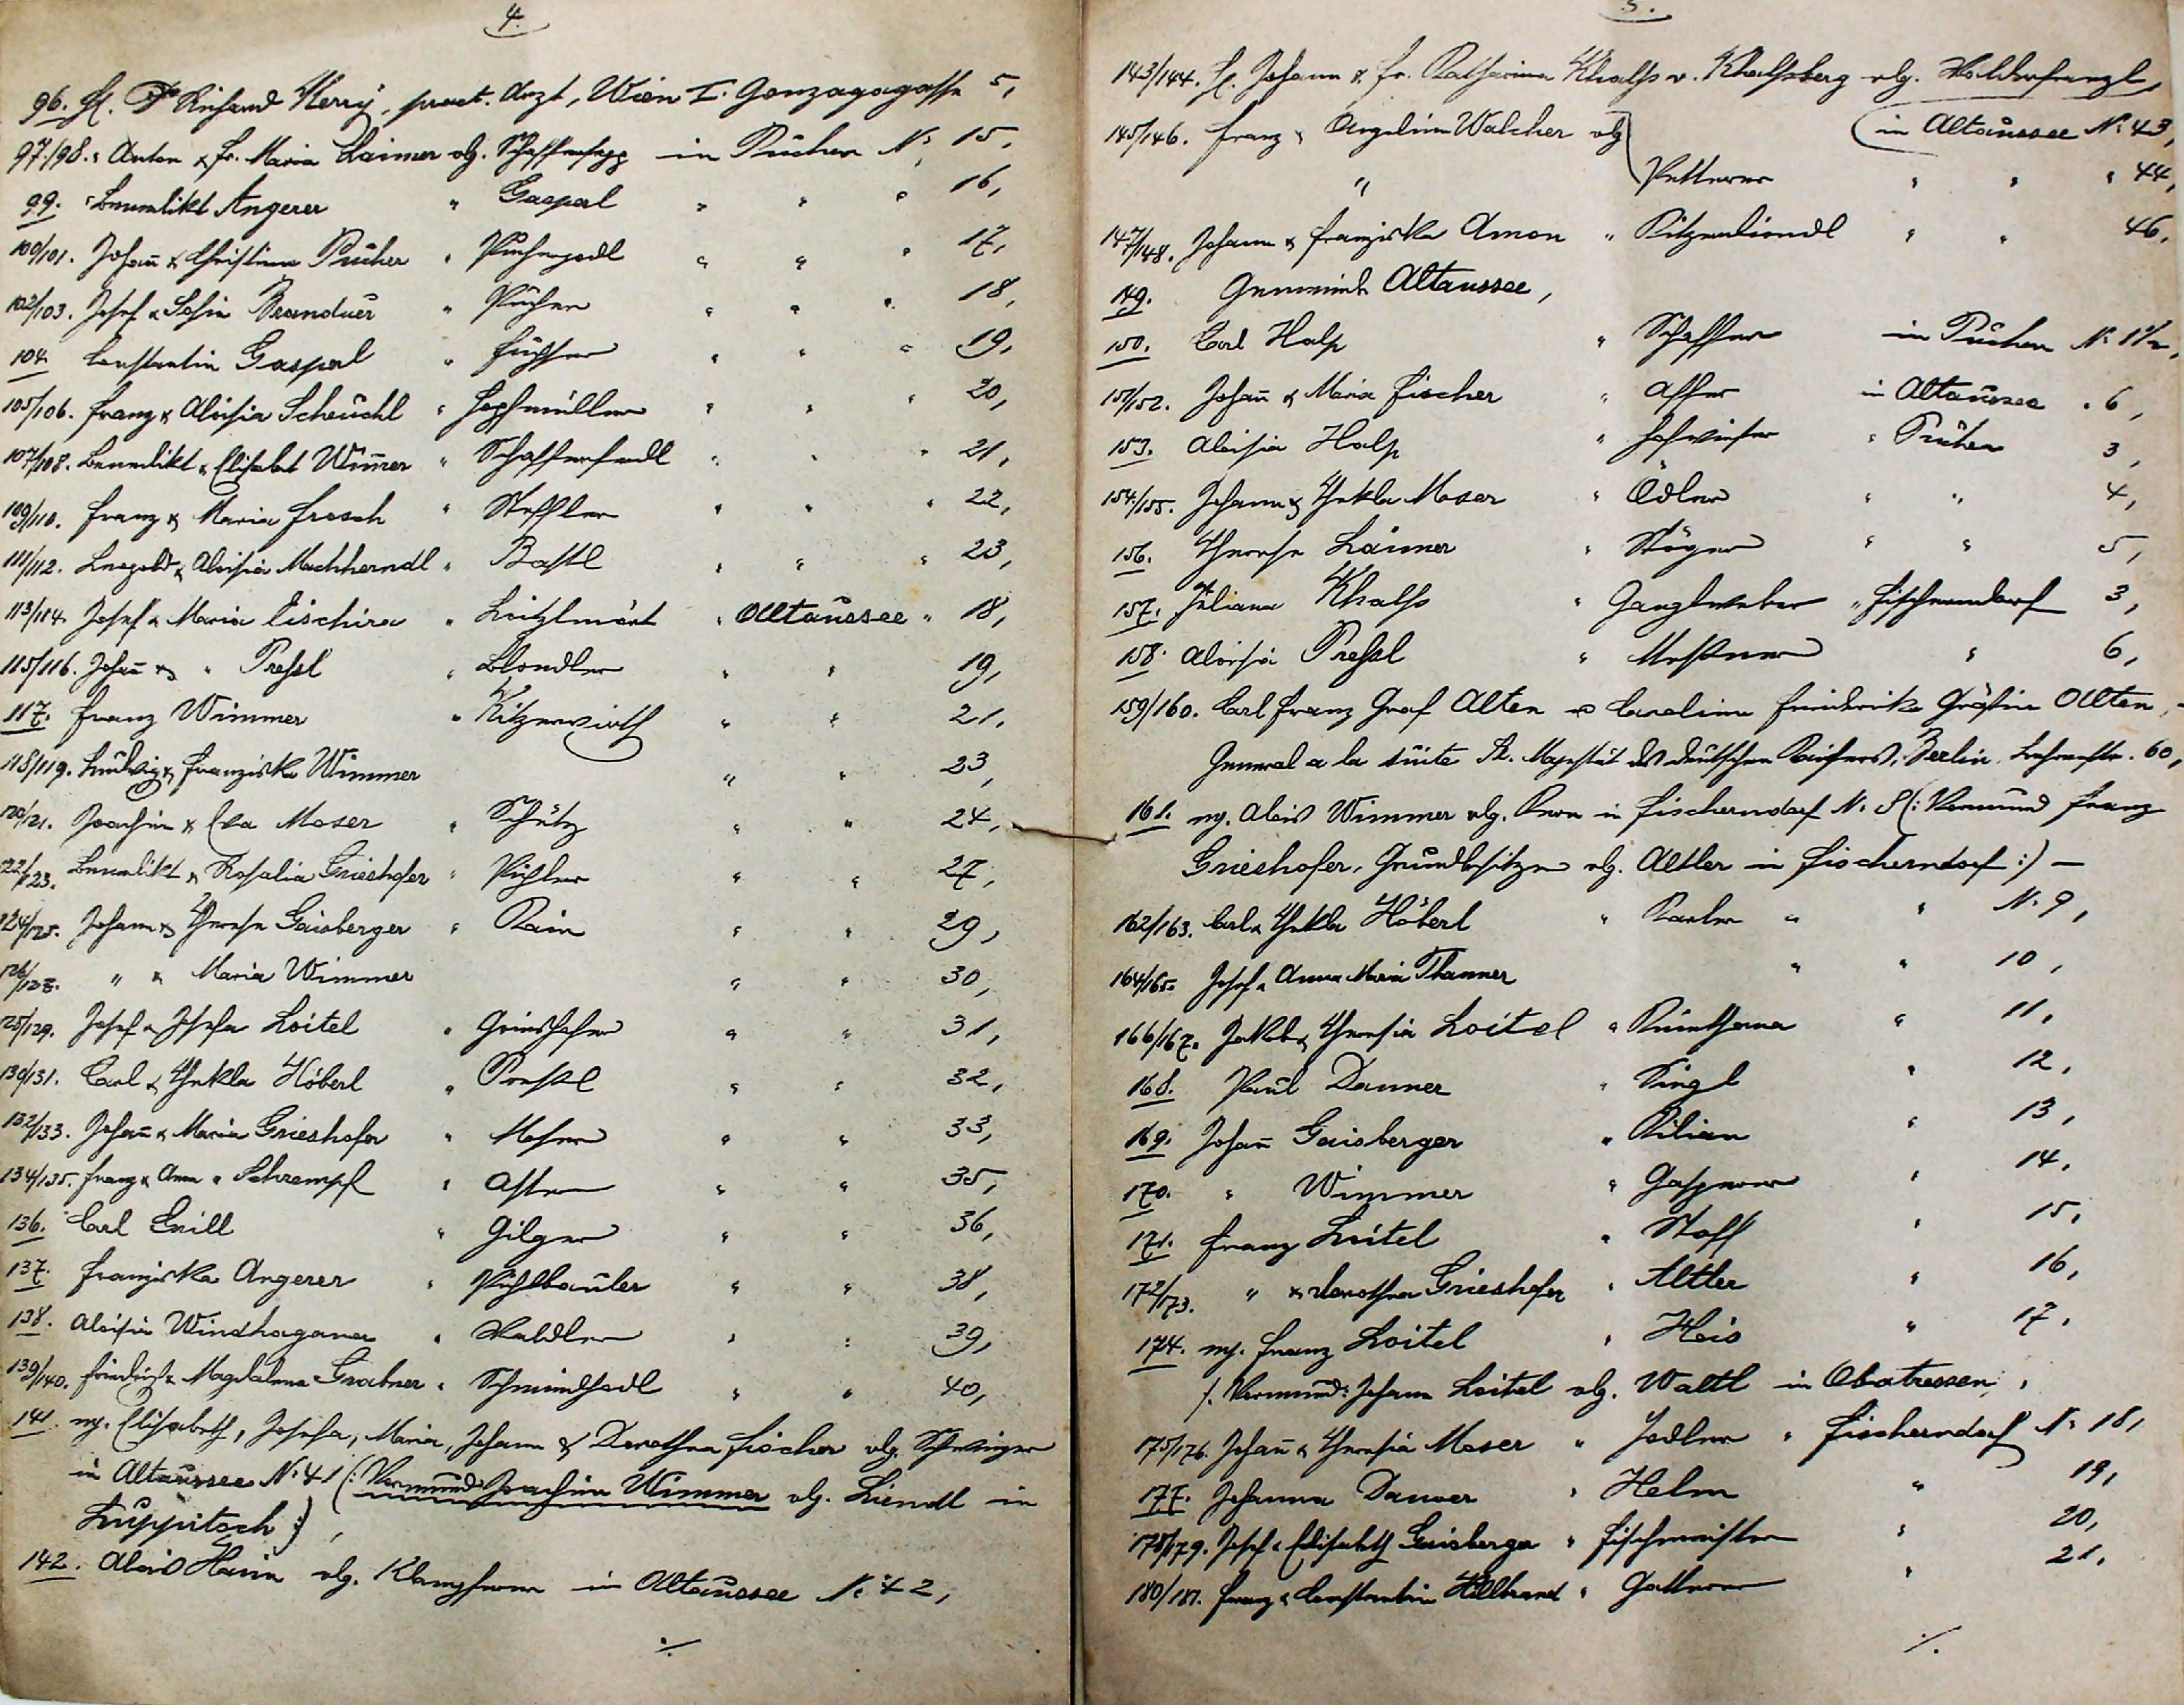
4.
96.  Hr. Dr. Richard Kerry,  prakt. Arzt, Wien I. Gonzagagasse 5,
97./98. " Anton u. Fr. Maria Laimer vlg. Schaffersepp  in Puchen  N: 15,
99.   Benedikt Angerer                       "   Gaspal               "      "          "  16,
100/101. Johann u. Christine Pucher " Pucherpodl       "       "         "  17,
102/103.  Josef u. Sofie  Brandner     "  Pucher          "         "         "   18,
104.   Constantin Gaspal                      "  Fuchser		  "         "          "  19,
105/106 Franz u. Aloisia Schouchl	   "  Hopfmüller     "         "         "    20,
107/108. Benedikt u. Elisabet Wimmer "  Schafferfredl  "      "        "    21,
109/110. Franz u. Maria Frosch      "    Steffler			"        "        "      22,
111/112, Leopold u. Aloisia Machhorndl  "  Bastl      "       "       "      23,
113/114.  Josef u. Maria Eischira       "       Loitzlmärt   "   Altaussee " 18,
115/116. Johann u.  "  Trehls            "     Blondler			"       "         19,
117. Franz Wimmer							"    Kitzerwirth          "        "       21,
"118/119. Ludwig u. Franziska Wimmer           "         "      23,
120/121.  Joachim u. Eva Moser               "    Schütz      "  24,
122/123.  Benedikt u. Rosalia Grieshofer "  Prigler   "   "   27,
124/125.  Johann u. Theresa Gaisberger    " Rain   "     "   29,
126/127.       "       "    Maria Wimmer                          "   "   30,
128/129.  Josef u. Josefa Loitel        "     Grindhofer  "   "  31,
130/131. Carl u. Thekla  Köberl      "     Porstl      "    "    32,
132/133.  Johann u. Maria Grieshofer  "  Moser   "    "   33,
134/135. Franz u. Anna "  Schrempf   "     Aster    "    "   35,
136.  Carl Grill                                       "    Gilger    "   "   36,
137. Franziska  Angerer                     "     Pichlbauler  "  "  38,
138.   Aloisia  Windhaganer                "    Waldler     "    "   39,
139/140. Friedrich u. Magdalena Grabner  "  Schmiedholdl  "  "  40,
141.    mj. Elisabeth, Josefa, Maria, Johann u. Dorothea Fischer vlg. Schwinger
			in Altaussee N: 41 (: Vormund Joachim Wimmer vlg. Liendl in
			Luppitsch :),
142.  Alois Hain  vlg. Klampferer in Altaussee  N: 42
           %

5.
143/144.  Hr. Johann u. Fr. Katharina Khalss v. Khalssberg  vlg. Walderfranzl in Altaussee N: 43,
145/146:  Franz u. Angelina Walcher  vlg. Petterer               "          "       44,
147/148. Johann u. Franziska Amon    "    Kitzenliendl         "          "        46,
149.         Gemeinde Altaussee,
150.        Carl Halp                                "    Schafferer          in Puchen     N: 1  1/2
151/152  Johann u. Maria Fischer       "    Affer                   in Altaussee  "   6,
153.     Aloisia Halp                              "  Hofwieser             "  Puchen      "   3,
154/155. Johann u. Thekla Moser      "  Cöler                  "         "             4,
156.   Theresa Laimer                        "  Stöger                "         "             5,
157.   Juliana Khalhs                         "   Ganglweber       "   Fischerndorf  3,
158.  Aloisia Trehsl                           "  Mestner                           "             6,
159/160. Carl Franz Graf Alten u. Carolina Friederike Gräfin Alten,
                 General a la tüite Sr. Majestät des deutschen Kaiser, Berlin, Behrenstr. 60,
161.  mj. Alois Wimmer  vlg. Kren in Fischerndorf N: 8 (: Vormund Franz
         Grieshofer, Grundbesitzer           vlg. Altler in Fischerndorf :) -
162/163. Carl u. Thekla Höberl              "   Karler  "          "    N: 9,
164/165.  Josef u. Anna Maria Thanner                 "        "         10,
166/167.   Jakob u. Theresia Loitel    "       Reinthaner       "   11,
168.         Paul Danner                         "      Siegl              "      12,
169.     Johann Gaisberger                 "      Kilian              "      13,
170.       "        Wimmer                      "       Gasperer       "     14,
171.       Franz Loitel                          "      Stoff                 "      15,
172/173.  "  u. Dorothea Grieshofer  "    Altler                "       16,
174.   mj. Franz Loitel                       "      Hois                "       17,
               /: Vormund: Johann Loitel  vlg. Waltl  in Obatressen,
175/176. Johann u. Theresia Moser  "   Jodler  in Fischerndorf N: 18,
177.    Johanna Danoer                      "   Helm                 "                 19,
178/179. Josef u. Elisabeth Griesberger " Fischermeister  "          20,
180/181. Franz u. Constantia Hillband   "     Gatterer         "             21,
          %